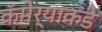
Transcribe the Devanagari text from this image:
कॅमेर्‍याकडे